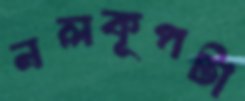
নলকূপটা